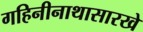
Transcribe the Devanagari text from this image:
गहिनीनाथासारखे